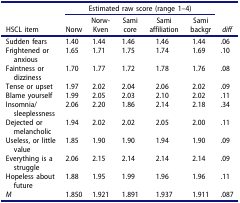
<table><thead><tr><td><b> </b></td><td colspan="5"><b>Estimated raw score (range 1–4)</b></td><td><b> </b></td></tr><tr><td><b>HSCL item</b></td><td><b>Norw</b></td><td><b>Norw-Kven</b></td><td><b>Sami core</b></td><td><b>Sami affiliation</b></td><td><b>Sami backgr</b></td><td><b><i>diff</i></b></td></tr></thead><tbody><tr><td>Sudden fears</td><td>1.40</td><td>1.44</td><td>1.46</td><td>1.46</td><td>1.44</td><td>.06</td></tr><tr><td>Frightened or anxious</td><td>1.65</td><td>1.71</td><td>1.75</td><td>1.74</td><td>1.69</td><td>.10</td></tr><tr><td>Faintness or dizziness</td><td>1.70</td><td>1.77</td><td>1.72</td><td>1.78</td><td>1.76</td><td>.08</td></tr><tr><td>Tense or upset</td><td>1.97</td><td>2.02</td><td>2.04</td><td>2.06</td><td>2.02</td><td>.09</td></tr><tr><td>Blame yourself</td><td>1.99</td><td>2.05</td><td>2.03</td><td>2.10</td><td>2.02</td><td>.11</td></tr><tr><td>Insomnia/sleeplessness</td><td>2.06</td><td>2.20</td><td>1.86</td><td>2.14</td><td>2.18</td><td>.34</td></tr><tr><td>Dejected or melancholic</td><td>1.94</td><td>2.02</td><td>2.02</td><td>2.05</td><td>2.00</td><td>.11</td></tr><tr><td>Useless, or little value</td><td>1.85</td><td>1.90</td><td>1.90</td><td>1.94</td><td>1.90</td><td>.09</td></tr><tr><td>Everything is a struggle</td><td>2.06</td><td>2.15</td><td>2.14</td><td>2.14</td><td>2.14</td><td>.09</td></tr><tr><td>Hopeless about future</td><td>1.88</td><td>1.95</td><td>1.99</td><td>1.96</td><td>1.96</td><td>.11</td></tr><tr><td><i>M</i></td><td>1.850</td><td>1.921</td><td>1.891</td><td>1.937</td><td>1.911</td><td>.087</td></tr></tbody></table>